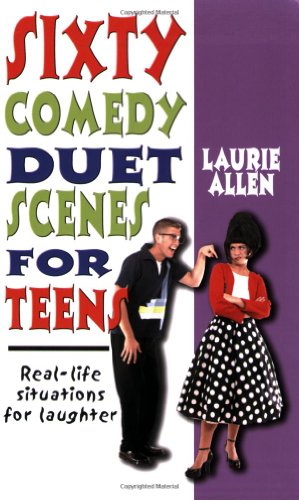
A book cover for Sixty Comedy Duet Scenes for Teens: Real-Life Situations for Laughter; Laurie Allen; Humor & Entertainment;